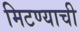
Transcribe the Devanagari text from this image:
मिटण्याची